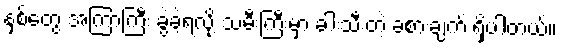
နှစ်တွေ အကြာကြီး ခွဲခဲ့ရလို့ သမီးကြီးမှာ ခါးသီးတဲ့ ခံစားချက် ရှိပါတယ်။